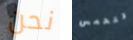
نحن تتحمس